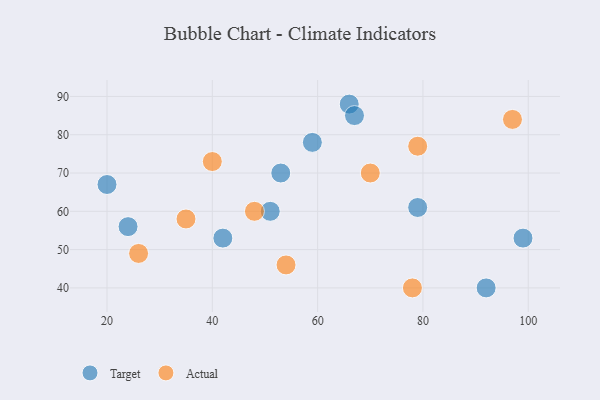
{"axis": {"x": "GDP", "y": "Life Expectancy"}, "legend": ["Actual", "Target"], "data": [{"x": "51", "y": 60, "type": "Target"}, {"x": "42", "y": 53, "type": "Target"}, {"x": "99", "y": 53, "type": "Target"}, {"x": "24", "y": 56, "type": "Target"}, {"x": "53", "y": 70, "type": "Target"}, {"x": "92", "y": 40, "type": "Target"}, {"x": "20", "y": 67, "type": "Target"}, {"x": "66", "y": 88, "type": "Target"}, {"x": "79", "y": 61, "type": "Target"}, {"x": "59", "y": 78, "type": "Target"}, {"x": "67", "y": 85, "type": "Target"}, {"x": "48", "y": 60, "type": "Actual"}, {"x": "78", "y": 40, "type": "Actual"}, {"x": "97", "y": 84, "type": "Actual"}, {"x": "79", "y": 77, "type": "Actual"}, {"x": "26", "y": 49, "type": "Actual"}, {"x": "70", "y": 70, "type": "Actual"}, {"x": "35", "y": 58, "type": "Actual"}, {"x": "54", "y": 46, "type": "Actual"}, {"x": "40", "y": 73, "type": "Actual"}]}